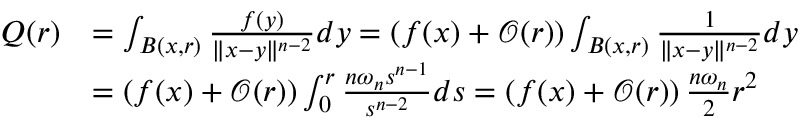
\begin{array} { r l } { Q ( r ) } & { = \int _ { B ( x , r ) } \frac { f ( y ) } { \| x - y \| ^ { n - 2 } } d y = \left( f ( x ) + \mathcal { O } ( r ) \right) \int _ { B ( x , r ) } \frac { 1 } { \| x - y \| ^ { n - 2 } } d y } \\ & { = \left( f ( x ) + \mathcal { O } ( r ) \right) \int _ { 0 } ^ { r } \frac { n \omega _ { n } s ^ { n - 1 } } { s ^ { n - 2 } } d s = \left( f ( x ) + \mathcal { O } ( r ) \right) \frac { n \omega _ { n } } { 2 } r ^ { 2 } } \end{array}